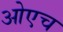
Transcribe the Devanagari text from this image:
ओएच